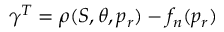
\gamma ^ { T } = \rho ( S , \theta , p _ { r } ) - f _ { n } ( p _ { r } )